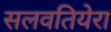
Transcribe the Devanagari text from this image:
सलवतियेरा